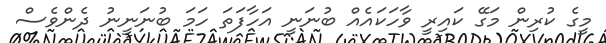
މީގެ ކުރިން މަގޭ ކައިރީ ވާހަކައެއް ބުނަނީ އަހާފަތަ ހަމަ ބުނަނީނު ދެންވެސް